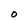
Character: O